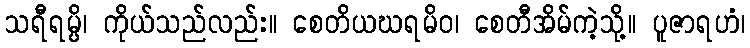
သရီရမ္ပိ၊ ကိုယ်သည်လည်း။ စေတိယဃရမိဝ၊ စေတီအိမ်ကဲ့သို့။ ပူဇာရဟံ၊